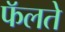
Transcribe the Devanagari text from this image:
फॅलते